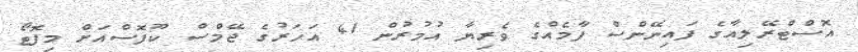
އޮސްޓްރޭލިއާގެ ފައިނޭންސް ފާމެއްގެ ވެރިޔާ އުމުރުން 41 އަހަރުގެ ޖޭމްސް ކޫފޮސްއަށް މިފޮޓޯ